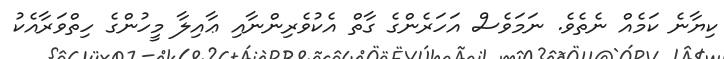
ކިޔާނެ ކަމެެއް ނެތެވެ. ނަމަވެސް އަަހަރެންގެ ގާތް އެކުވެރިންނާއި ޢާއިލާ މީހުންގެ ހިތްވަރާއެކު